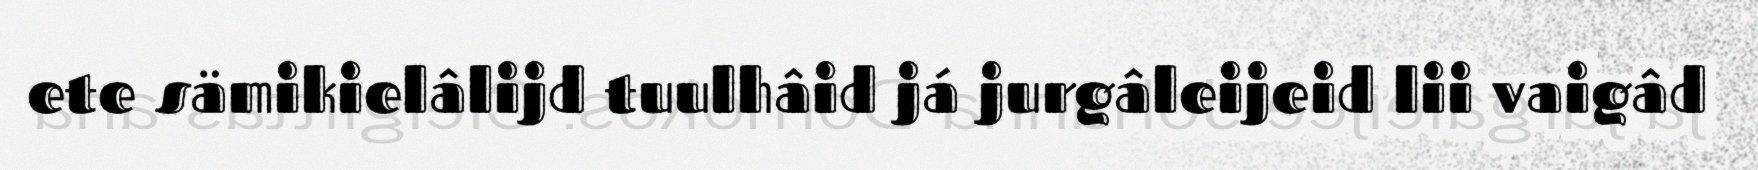
ete sämikielâlijd tuulhâid já jurgâleijeid lii vaigâd